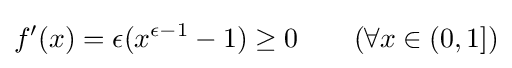
f'(x)=\epsilon (x^{\epsilon -1}-1)\geq 0\qquad (\forall x\in (0,1])